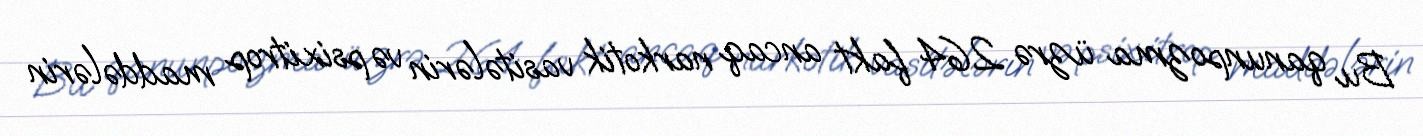
Bu qanunpozma üzrə 264 fakt ancaq narkotik vasitələrin və psixitrop maddələrin